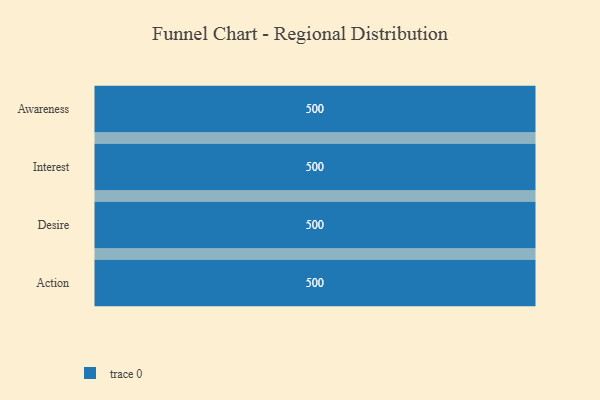
{"axis": {"x": "Stage", "y": "Value"}, "legend": [""], "data": [{"x": "Awareness", "y": 500, "type": ""}, {"x": "Interest", "y": 500, "type": ""}, {"x": "Desire", "y": 500, "type": ""}, {"x": "Action", "y": 500, "type": ""}]}